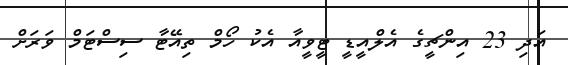
އަދި 23 އިންޗީގެ އެލްއީޑީ ޓީވީއާ އެކު ހޯމް ތިއޭޓާ ސިސްޓަމް ވަރަށް